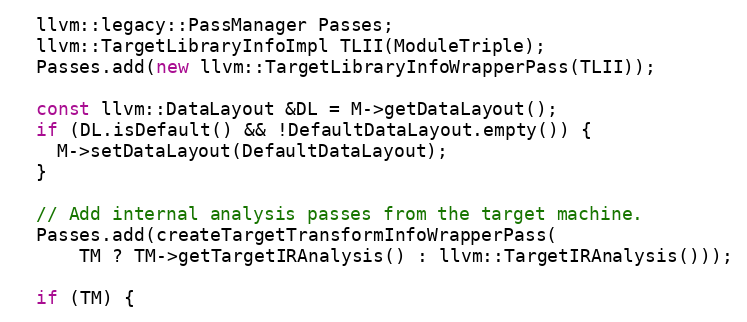
Language: C++
  llvm::legacy::PassManager Passes;
  llvm::TargetLibraryInfoImpl TLII(ModuleTriple);
  Passes.add(new llvm::TargetLibraryInfoWrapperPass(TLII));

  const llvm::DataLayout &DL = M->getDataLayout();
  if (DL.isDefault() && !DefaultDataLayout.empty()) {
    M->setDataLayout(DefaultDataLayout);
  }

  // Add internal analysis passes from the target machine.
  Passes.add(createTargetTransformInfoWrapperPass(
      TM ? TM->getTargetIRAnalysis() : llvm::TargetIRAnalysis()));

  if (TM) {